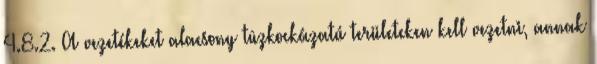
4.8.2. A vezetékeket alacsony tûzkockázatú területeken kell vezetni, annak